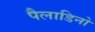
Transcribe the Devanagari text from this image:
पैलाडिनो